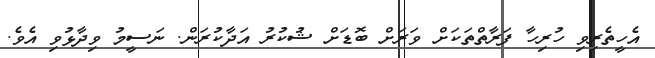
އެހީތެރިވި ހުރިހާ ފަރާތްތަކަށް ވަރަށް ބޮޑަށް ޝުކުރު އަދާކުރަން. ނަސީމު ވިދާޅުވި އެވެ.